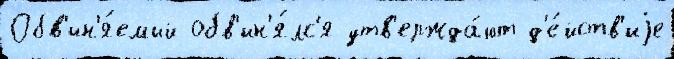
Обв'ин'я́емый обв'ин'я́лс'я утв'ержда́ют д'е́йств'иjе